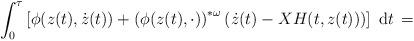
LaTeX: \begin{align*}\int_{0}^{\tau} \left[ \phi(z(t), \dot{z}(t)) + \left(\phi(z(t), \cdot) \right)^{*\omega}(\dot{z}(t) - X H(t,z(t))) \right] \mbox{ d}t \, = \end{align*}